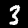
Digit: 3